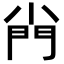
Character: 𡮆